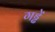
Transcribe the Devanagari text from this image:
गड्ढें